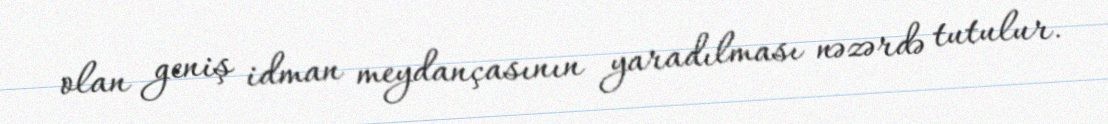
olan geniş idman meydançasının yaradılması nəzərdə tutulur.